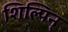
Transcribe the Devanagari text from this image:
शिल्पिन्